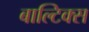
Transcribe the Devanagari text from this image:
बाल्टिक्स